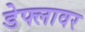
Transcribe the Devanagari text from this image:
डेफ्लावर